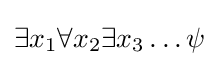
\exists x_{1}\forall x_{2}\exists x_{3}\ldots \psi